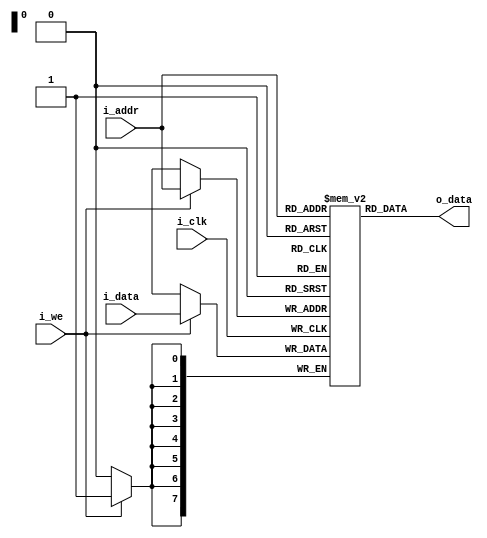
module ram #(parameter WIDTH_ADDR = 8,
                       WIDTH_DATA = 8,
                       SIZE = 2 ** WIDTH_ADDR)
           (output [WIDTH_DATA-1:0] o_data,
            input                   i_we,
            input  [WIDTH_ADDR-1:0] i_addr,
            input  [WIDTH_DATA-1:0] i_data,
            input                   i_clk);

reg [WIDTH_DATA-1:0] m_ram[0:SIZE-1];

always @(posedge i_clk)
begin
	if (i_we)
		m_ram[i_addr] <= i_data;
end

assign o_data = m_ram[i_addr];

endmodule